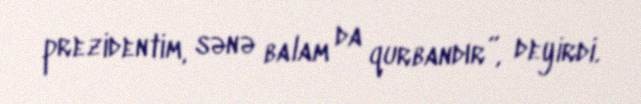
prezidentim, sənə balam da qurbandır”, deyirdi.